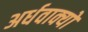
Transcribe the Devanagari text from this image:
अर्धवाक्यों